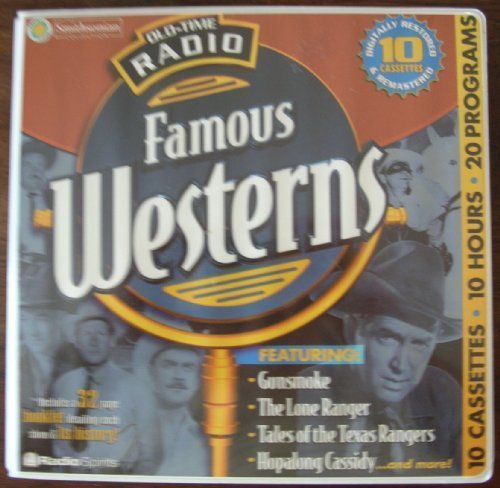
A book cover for Old-Time Radio Famous Westerns with Booklet (10-Hour Collections); VARIOUS; Humor & Entertainment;